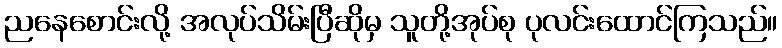
ညနေစောင်းလို့ အလုပ်သိမ်းပြီဆိုမှ သူတို့အုပ်စု ပုလင်းထောင်ကြသည်။